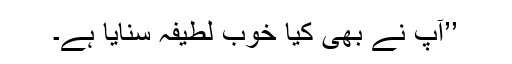
’’آپ نے بھی کیا خوب لطیفہ سنایا ہے۔